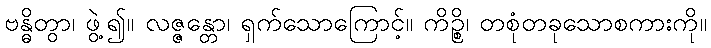
ဗန္ဓိတွာ၊ ဖွဲ့၍။ လဇ္ဇန္တော၊ ရှက်သောကြောင့်။ ကိဉ္စိ၊ တစုံတခုသောစကားကို။